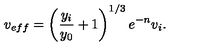
v _ { e f f } = \left( { \frac { y _ { i } } { y _ { 0 } } } + 1 \right) ^ { 1 / 3 } e ^ { - n } v _ { i } .